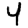
Digit: 4